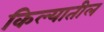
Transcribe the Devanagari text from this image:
किल्यातील